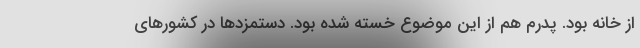
از خانه بود. پدرم هم از این موضوع خسته شده بود. دستمزدها در کشورهای